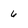
Character: 6